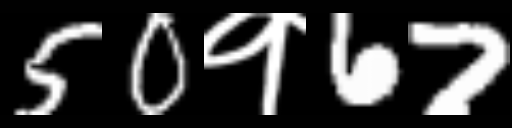
Text: 50१67